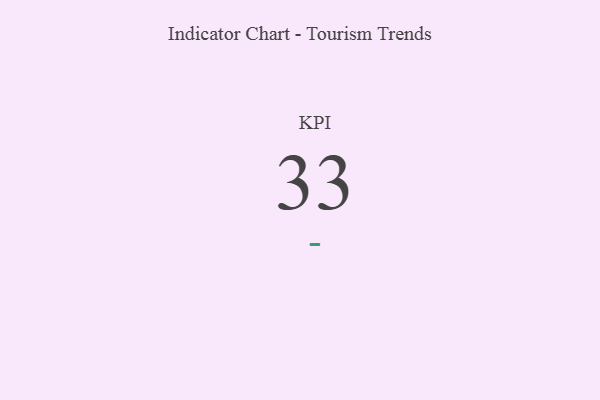
{"axis": {"x": "KPI", "y": "Value"}, "legend": [""], "data": [{"x": "KPI", "y": 33, "type": ""}]}